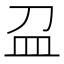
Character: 𥁀